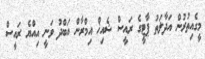
މީގެއިތުރުން އަދާލަތު ޕާޓީގެ ރައީސް ޝެއިޚް އިމްރާން އަބްދު ވަނީ އިއްޔެ ރައީސް